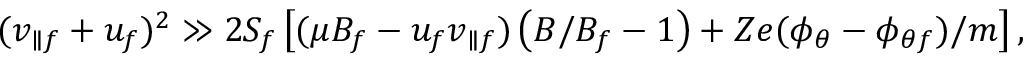
( v _ { \parallel f } + u _ { f } ) ^ { 2 } \gg 2 S _ { f } \left[ ( \mu B _ { f } - u _ { f } v _ { \parallel f } ) \left( B / B _ { f } - 1 \right) + Z e ( \phi _ { \theta } - \phi _ { \theta f } ) / m \right] ,